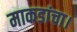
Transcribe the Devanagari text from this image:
माकडांचा।